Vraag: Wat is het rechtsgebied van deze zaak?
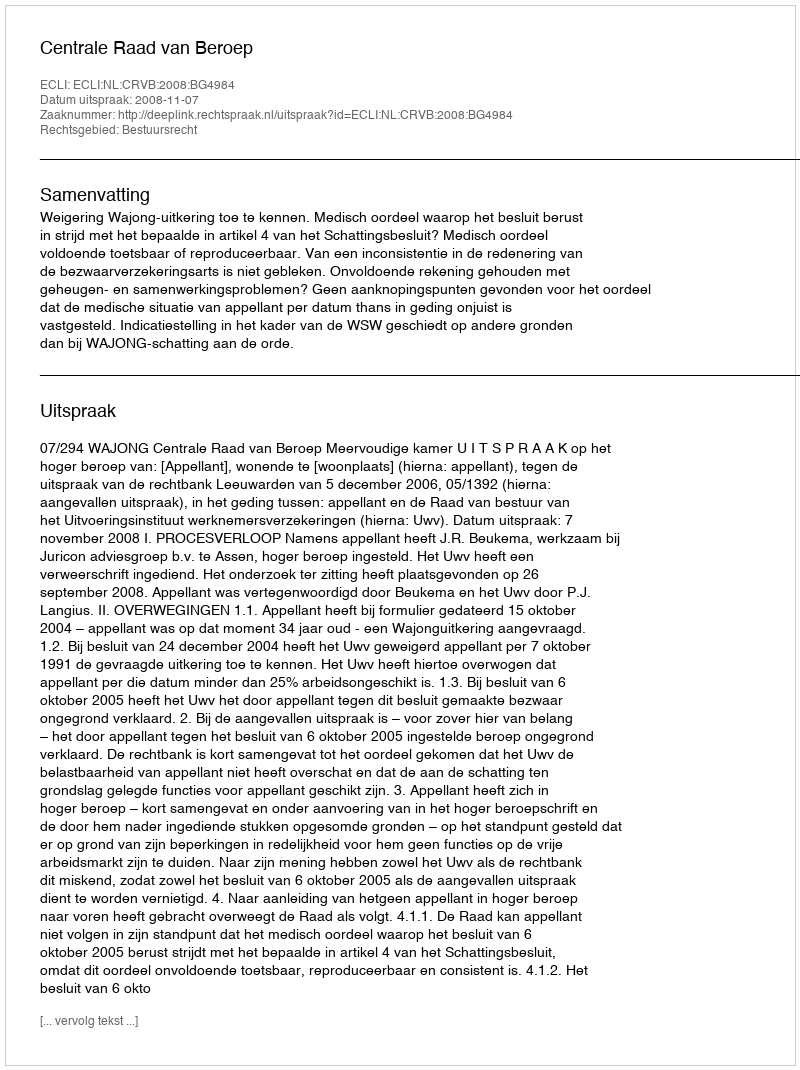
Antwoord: Bestuursrecht